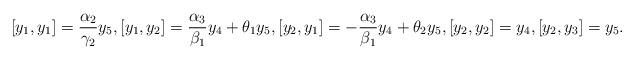
LaTeX: \begin{align*}[y_1, y_1]=\frac{\alpha_2}{\gamma_2}y_5, [y_1, y_2]=\frac{\alpha_3}{\beta_1}y_4+ \theta_1y_5, [y_2, y_1]=-\frac{\alpha_3}{\beta_1}y_4+\theta_2y_5, [y_2, y_2]=y_4, [y_2, y_3]=y_5.\end{align*}